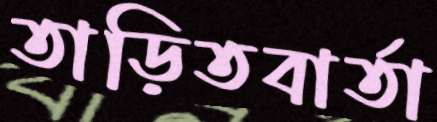
তাড়িতবার্তা